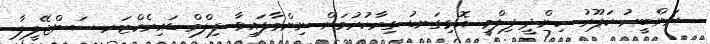
ރަންބީރު ކަޕޫރު ހިންދީ ފިލްމީ އޮޅިގަނޑު ގިރާކުރުމަށް ނިންމާފައިވާ ފިލްމް ޑައިރެކްޓަރ ސަންޖޭލީލާ